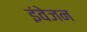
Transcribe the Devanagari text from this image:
इंवेजन